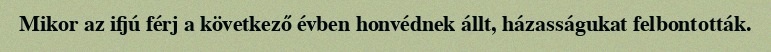
Mikor az ifjú férj a következő évben honvédnek állt, házasságukat felbontották.